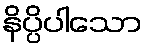
နိပ္ပိပါသော